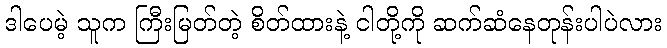
ဒါပေမဲ့ သူက ကြီးမြတ်တဲ့ စိတ်ထားနဲ့ ငါတို့ကို ဆက်ဆံနေတုန်းပါပဲလား